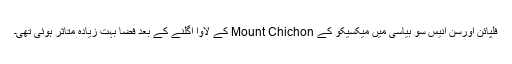
فلپائن اورسن انیس سو بیاسی میں میکسیکو کے Mount Chichon کے لاوا اُگلنے کے بعد فضا بہت زیادہ متاثر ہوئی تھی۔